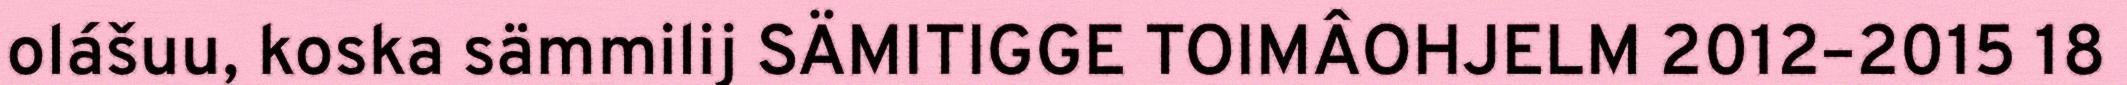
olášuu, koska sämmilij SÄMITIGGE TOIMÂOHJELM 2012–2015 18